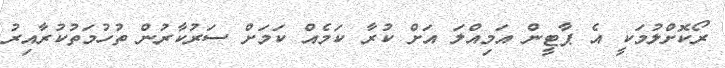
ރޯކޮށްލުމަކީ އެ ޕާޓީން އަމިއްލަ އަށް ކުރާ ކަމެއް ކަމަށް ސަރުކާރުން ތުހުމަތުކުރާއިރު